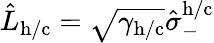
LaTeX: \hat{L}_{\mathrm{h/c}}=\sqrt{\gamma_{\mathrm{h/c}}}\hat{\sigma}_{-}^{\mathrm{h/c}}